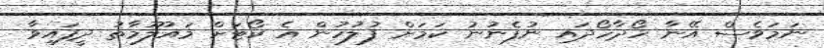
ނަަމަވެސް އޭނާ ހޯދާހޯދައި ނުފެނުނު ކަމަށް ފުލުހުން އެ ކޯޓަށް މައުލޫމާތު ދީފައިވާ